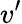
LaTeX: v^{\prime}